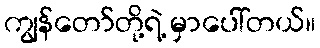
ကျွန်တော်တို့ရဲ့ မှာပေါ်တယ်။